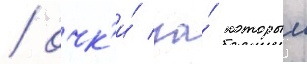
/ очк'и́ за́ которыи